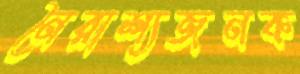
নৈরাশ্যজনক